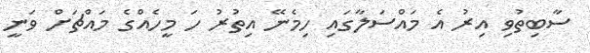
ސާބިތުވި އިރު އެ މައްސަލާގައި ހިމެނޭ އިތުރު ހަ މީހެއްގެ މައްޗަށް ވަނީ